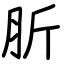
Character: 肵